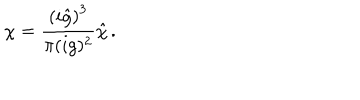
\chi = \frac { \left( i { \hat { g } } \right) ^ { 3 } } { \pi ( i g ) ^ { 2 } } { \hat { \chi } } \, .